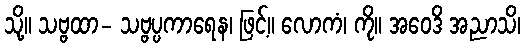
သို့။ သဗ္ဗထာ- သဗ္ဗပ္ပကာရေန၊ ဖြင့်။ လောကံ၊ ကို။ အဝေဒိ အညာသိ၊